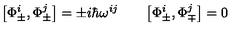
\bigl [ \Phi _ { \pm } ^ { i } , \Phi _ { \pm } ^ { j } \bigr ] = \pm i \hbar \omega ^ { i j } \qquad \bigl [ \Phi _ { \pm } ^ { i } , \Phi _ { \mp } ^ { j } \bigr ] = 0